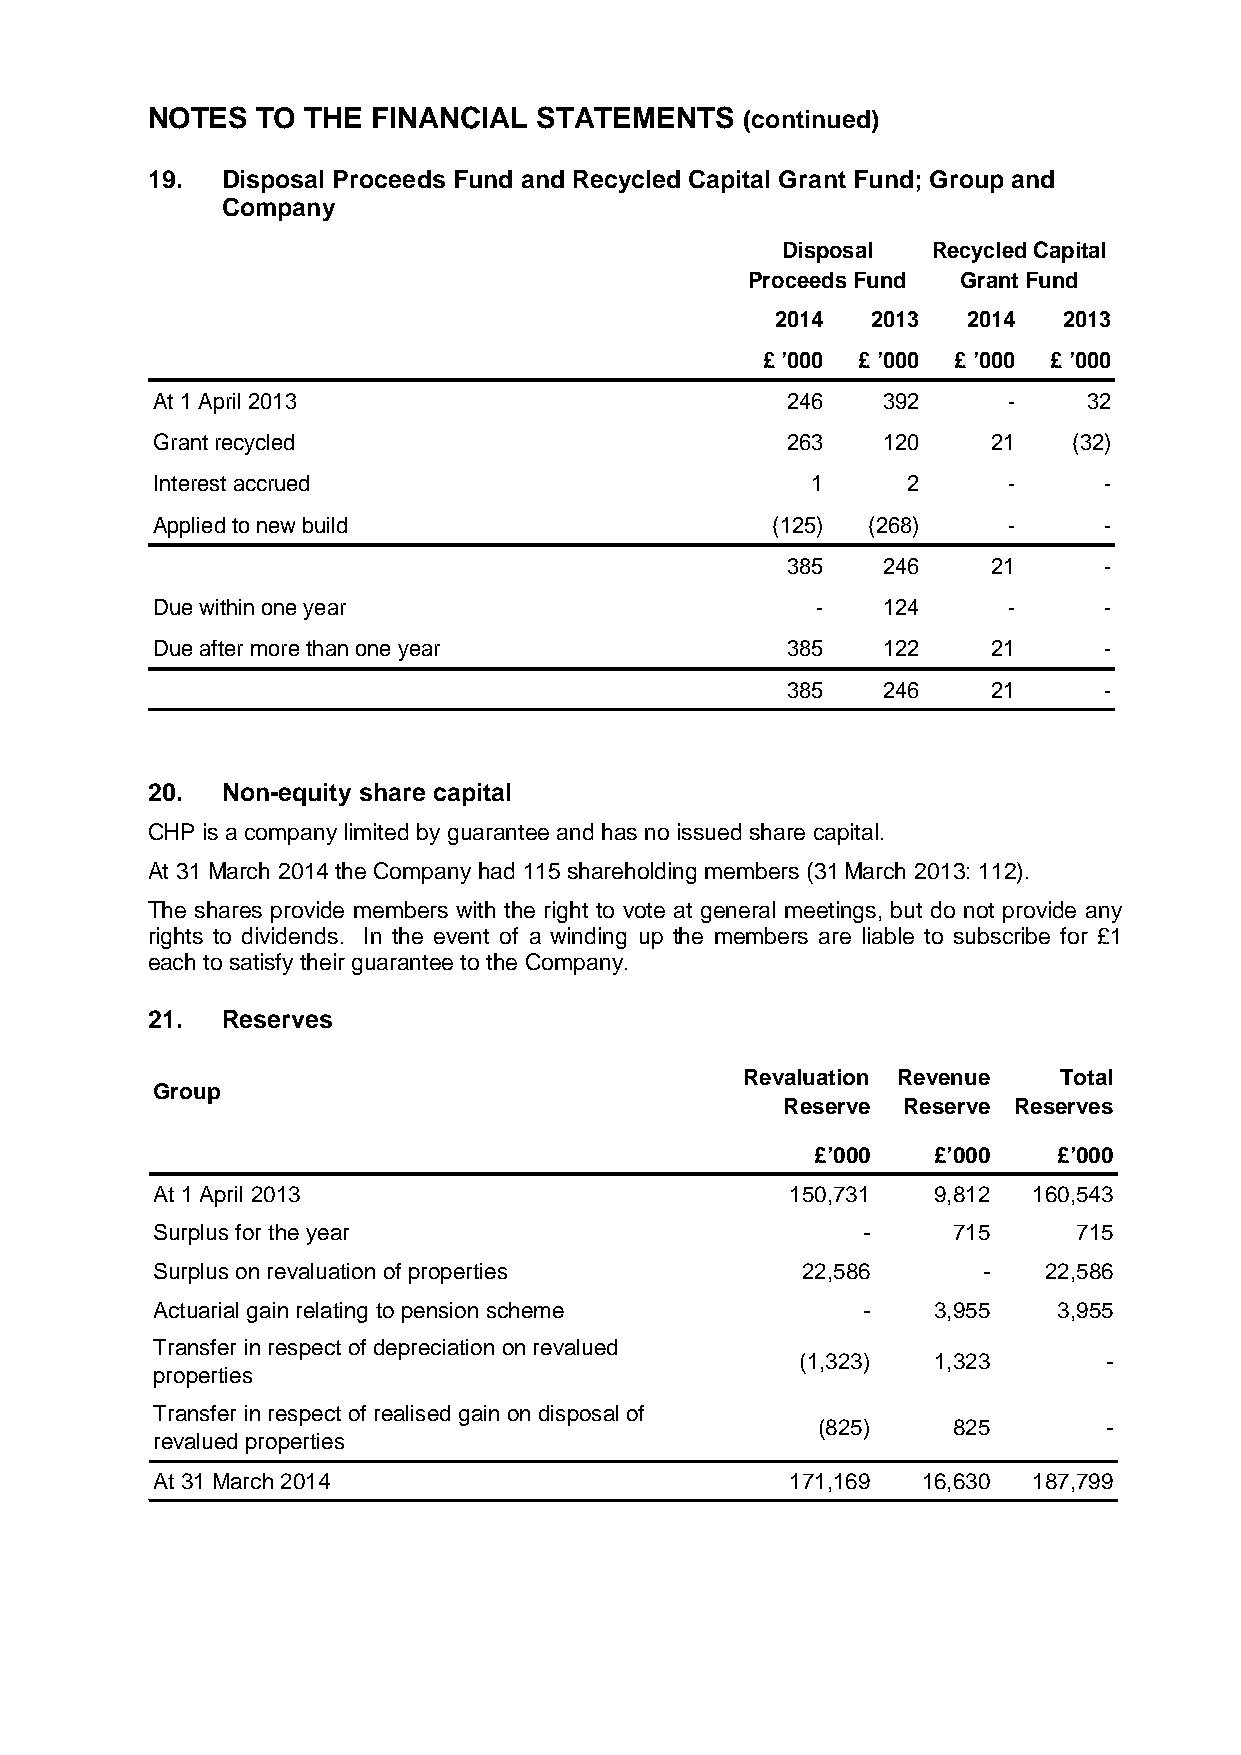
NOTES  TO THE  FINANCIAL  STATEMENTS   (continued)
 19.  Disposal Proceeds Fund and Recycled Capital Grant Fund; Group and
 Company
 Disposal  Recycled Capital
 Proceeds Fund Grant Fund
 2014   2013  2014  2013
 £ ’000 £ ’000 £ ’000 £ ’000
 At 1 April 2013                           246   392      -    32
 Grant recycled                            263   120     21   (32)
 Interest accrued                            1     2      -     -
 Applied to new build                     (125) (268)     -     -
 385   246     21     -
 Due within one year                         -   124      -     -
 Due after more than one year              385   122     21     -
 385   246     21     -
 20.  Non-equity share capital
 CHP is a company limited by guarantee and has no issued share capital.
 At 31 March 2014 the Company had 115 shareholding members (31 March 2013: 112).
 The shares provide members with the right to vote at general meetings, but do not provide any
 rights to dividends. In the event of a winding up the members are liable to subscribe for £1
 each to satisfy their guarantee to the Company.
 21.  Reserves
 Revaluation Revenue  Total
 Group
 Reserve Reserve Reserves
 £’000   £’000   £’000
 At 1 April 2013                           150,731   9,812 160,543
 Surplus for the year                           -     715     715
 Surplus on revaluation of properties       22,586      -   22,586
 Actuarial gain relating to pension scheme      -    3,955   3,955
 Transfer in respect of depreciation on revalued
 (1,323)  1,323      -
 properties
 Transfer in respect of realised gain on disposal of
 (825)    825       -
 revalued properties
 At 31 March 2014                          171,169  16,630 187,799